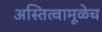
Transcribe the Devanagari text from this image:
अस्तित्वामूळेच